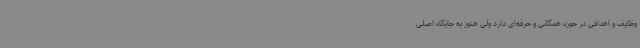
وظایف و اهدافی در حوزه همگانی و حرفه‌ای دارد ولی هنوز به جایگاه اصلی